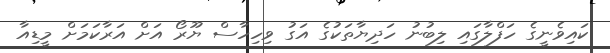
ކައިވެނީގެ ހަފްލާގައި ލިބުނު ހަދިޔާތަކުގެ އަގު ވިހިހާސް ޔޫރޯ އަށް އަރާކަމަށް މީޑިއާ